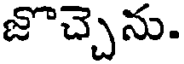
జొచ్చెను.